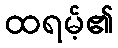
ထရမ့်၏